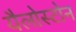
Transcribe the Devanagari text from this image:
यैलोस्टोन